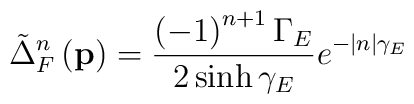
\tilde{\Delta}_F^n\left( \mathbf{p}\right) =\frac{\left( -1\right)^{n+1}\Gamma _E}{2\sinh \gamma _E}e^{-|n|\gamma _E}